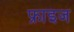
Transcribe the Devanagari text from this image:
फ्राइज